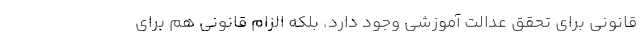
قانونی برای تحقق عدالت آموزشی وجود دارد، بلکه الزام قانونی هم برای